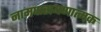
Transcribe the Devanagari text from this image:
नामपारायणात्मक